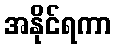
အနိုင်ရကာ